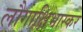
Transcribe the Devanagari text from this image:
लौगाक्षिभास्कर